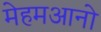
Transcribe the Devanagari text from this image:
मेहमआनो